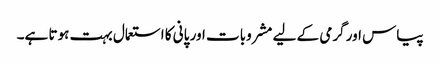
پیاس اور گرمی کے لیے مشروبات اور پانی کا استعمال بہت ہوتا ہے۔